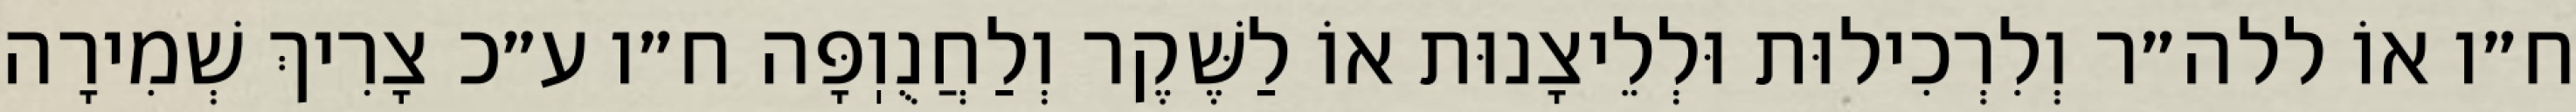
ח״ו אוֹ ללה״ר וְלִרְכִילוּת וּלְלֵיצָנוּת אוֹ לַשֶּׁקֶר וְלַחֲנֻוֽפָּה ח״ו ע״כ צָרִיךְ שְׁמִירָה